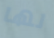
لها